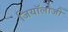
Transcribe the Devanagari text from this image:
जियॉलोजी